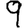
Digit: 9